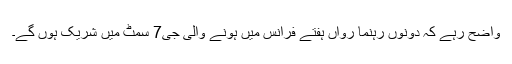
واضح رہے کہ دونوں رہنما رواں ہفتے فرانس میں ہونے والی جی7 سمٹ میں شریک ہوں گے۔